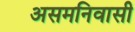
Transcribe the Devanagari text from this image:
असमनिवासी